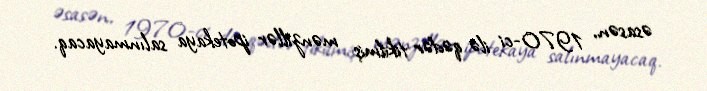
əsasən, 1970-ci ilə qədər tikilmiş mənzillər ipotekaya salınmayacaq.